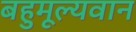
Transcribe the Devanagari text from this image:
बहुमूल्यवान